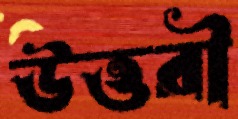
উত্তরী